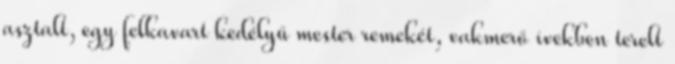
asztalt, egy felkavart kedélyű mester remekét, vakmerő ívekben terelt